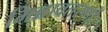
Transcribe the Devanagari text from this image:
भिन्नावतरणों